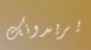
يريدونك